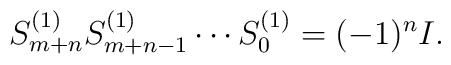
S^{(1)}_{m+n} S^{(1)}_{m+n-1} \cdots S^{(1)}_0 = (-1)^n I.